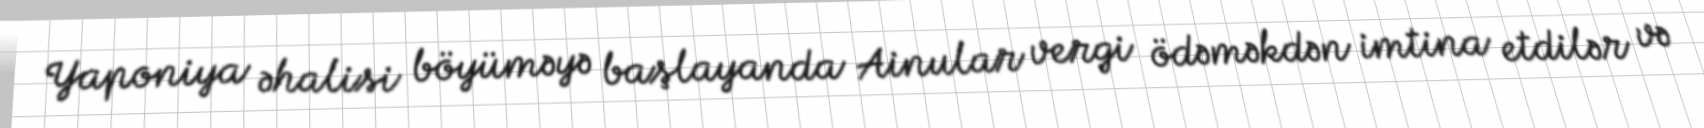
Yaponiya əhalisi böyüməyə başlayanda Ainular vergi ödəməkdən imtina etdilər və